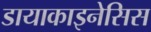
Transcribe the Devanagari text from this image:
डायाकाइनेसिस